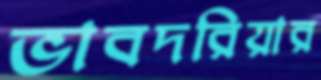
ভাবদরিয়ার